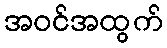
အဝင်အထွက်